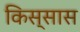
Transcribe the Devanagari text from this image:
किस्सास